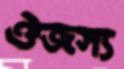
ঔজস্য